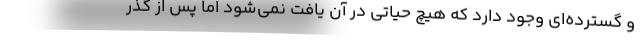
و گسترده‌ای وجود دارد که هیچ حیاتی در آن یافت نمی‌شود اما پس از گذر